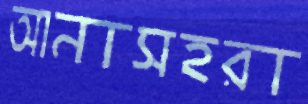
আনাসহরা